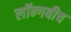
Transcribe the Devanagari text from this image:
लॉन्गबीच